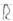
Text: R